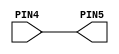
module main (input  PIN4, output  PIN5);
assign PIN5 = PIN4;
endmodule